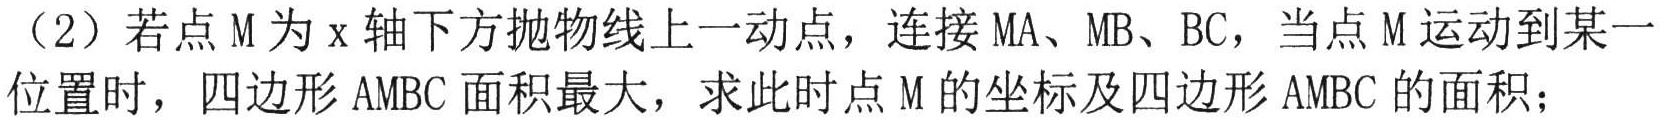
(2) 若点\(M\)为\(x\)轴下方抛物线上一动点，连接\(MA、MB、BC\)，当点\(M\)运动到某一
位置时，四边形\(AMBC\)面积最大，求此时点\(M\)的坐标及四边形\(AMBC\)的面积；